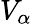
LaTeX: V_{\alpha}